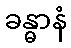
ခန္ဓာနံ